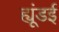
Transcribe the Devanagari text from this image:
ह्यूंडई